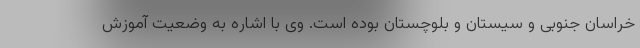
خراسان جنوبی و سیستان و بلوچستان بوده است. وی با اشاره به وضعیت آموزش